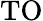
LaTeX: \mathrm{TO}